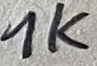
Text: 1K